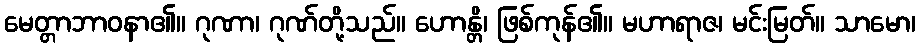
မေတ္တာဘာဝနာ၏။ ဂုဏာ၊ ဂုဏ်တို့သည်။ ဟောန္တိ၊ ဖြစ်ကုန်၏။ မဟာရာဇ၊ မင်းမြတ်။ သာမော၊